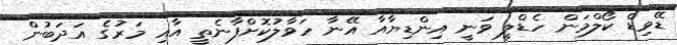
ޑޭވިޑް ކޯލްމަން ހެޑްލީ ވަނީ އިންޑިޔާއާ އޭނާ ހަވާލުކޮށްފާނެތީ އާއި މަރުގެ އަދަބުން